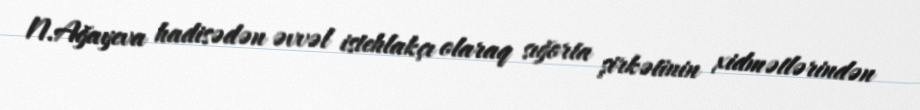
N.Ağayeva hadisədən əvvəl istehlakçı olaraq sığorta şirkətinin xidmətlərindən